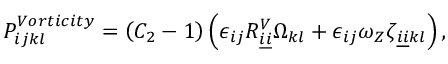
P _ { i j k l } ^ { V o r t i c i t y } = \left( C _ { 2 } - 1 \right) \left( \epsilon _ { i j } R _ { \underline { { i } } \underline { { i } } } ^ { V } \Omega _ { k l } + \epsilon _ { i j } \omega _ { Z } \zeta _ { \underline { { i } } \underline { { i } } k l } \right) ,